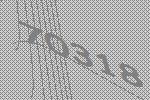
70318